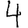
Digit: 4